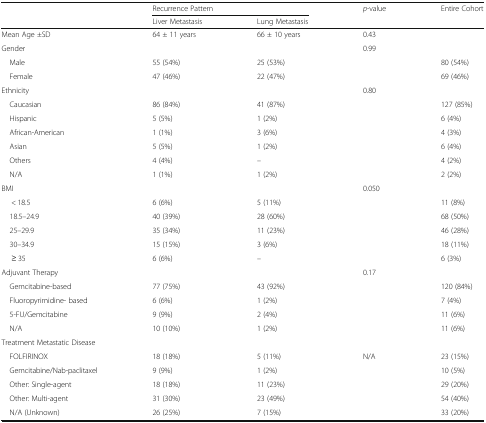
<table><thead><tr><td rowspan="2"></td><td colspan="2"><b>Recurrence Pattern</b></td><td rowspan="2"><b><i>p</i>-value</b></td><td rowspan="2"><b>Entire Cohort</b></td></tr><tr><td><b>Liver Metastasis</b></td><td><b>Lung Metastasis</b></td></tr></thead><tbody><tr><td>Mean Age ±SD</td><td>64 ± 11 years</td><td>66 ± 10 years</td><td>0.43</td><td></td></tr><tr><td>Gender</td><td></td><td></td><td>0.99</td><td></td></tr><tr><td> Male</td><td>55 (54%)</td><td>25 (53%)</td><td></td><td>80 (54%)</td></tr><tr><td> Female</td><td>47 (46%)</td><td>22 (47%)</td><td></td><td>69 (46%)</td></tr><tr><td>Ethnicity</td><td></td><td></td><td>0.80</td><td></td></tr><tr><td> Caucasian</td><td>86 (84%)</td><td>41 (87%)</td><td></td><td>127 (85%)</td></tr><tr><td> Hispanic</td><td>5 (5%)</td><td>1 (2%)</td><td></td><td>6 (4%)</td></tr><tr><td> African-American</td><td>1 (1%)</td><td>3 (6%)</td><td></td><td>4 (3%)</td></tr><tr><td> Asian</td><td>5 (5%)</td><td>1 (2%)</td><td></td><td>6 (4%)</td></tr><tr><td> Others</td><td>4 (4%)</td><td>–</td><td></td><td>4 (2%)</td></tr><tr><td> N/A</td><td>1 (1%)</td><td>1 (2%)</td><td></td><td>2 (2%)</td></tr><tr><td>BMI</td><td></td><td></td><td>0.050</td><td></td></tr><tr><td>&lt; 18.5</td><td>6 (6%)</td><td>5 (11%)</td><td></td><td>11 (8%)</td></tr><tr><td> 18.5–24.9</td><td>40 (39%)</td><td>28 (60%)</td><td></td><td>68 (50%)</td></tr><tr><td> 25–29.9</td><td>35 (34%)</td><td>11 (23%)</td><td></td><td>46 (28%)</td></tr><tr><td> 30–34.9</td><td>15 (15%)</td><td>3 (6%)</td><td></td><td>18 (11%)</td></tr><tr><td>≥ 35</td><td>6 (6%)</td><td>–</td><td></td><td>6 (3%)</td></tr><tr><td>Adjuvant Therapy</td><td></td><td></td><td>0.17</td><td></td></tr><tr><td> Gemcitabine-based</td><td>77 (75%)</td><td>43 (92%)</td><td></td><td>120 (84%)</td></tr><tr><td> Fluoropyrimidine- based</td><td>6 (6%)</td><td>1 (2%)</td><td></td><td>7 (4%)</td></tr><tr><td> 5-FU/Gemcitabine</td><td>9 (9%)</td><td>2 (4%)</td><td></td><td>11 (6%)</td></tr><tr><td> N/A</td><td>10 (10%)</td><td>1 (2%)</td><td></td><td>11 (6%)</td></tr><tr><td colspan="5">Treatment Metastatic Disease</td></tr><tr><td> FOLFIRINOX</td><td>18 (18%)</td><td>5 (11%)</td><td>N/A</td><td>23 (15%)</td></tr><tr><td> Gemcitabine/Nab-paclitaxel</td><td>9 (9%)</td><td>1 (2%)</td><td></td><td>10 (5%)</td></tr><tr><td> Other: Single-agent</td><td>18 (18%)</td><td>11 (23%)</td><td></td><td>29 (20%)</td></tr><tr><td> Other: Multi-agent</td><td>31 (30%)</td><td>23 (49%)</td><td></td><td>54 (40%)</td></tr><tr><td> N/A (Unknown)</td><td>26 (25%)</td><td>7 (15%)</td><td></td><td>33 (20%)</td></tr></tbody></table>